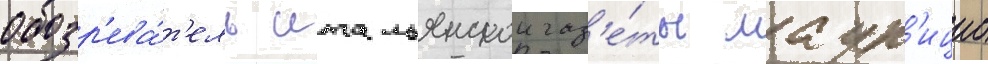
обозр'ева́т'ель итальянскои газ'е́ты маур'ицио